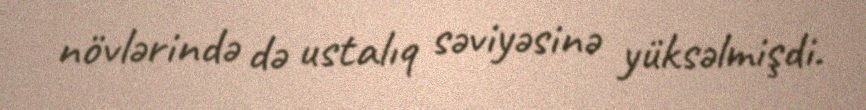
növlərində də ustalıq səviyəsinə yüksəlmişdi.